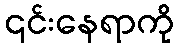
၎င်းနေရာကို